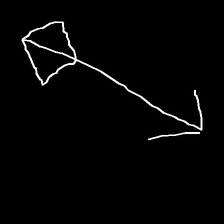
Glyph: focus